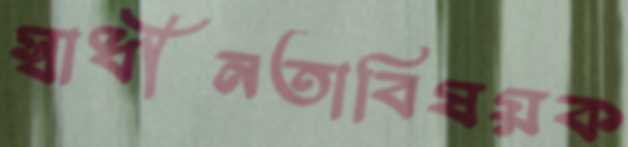
স্বাধীনতাবিষয়ক